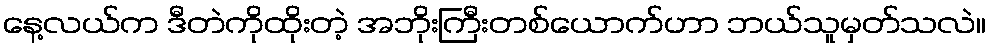
နေ့လယ်က ဒီတဲကိုထိုးတဲ့ အဘိုးကြီးတစ်ယောက်ဟာ ဘယ်သူမှတ်သလဲ။